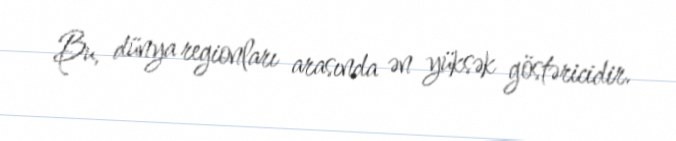
Bu, dünya regionları arasında ən yüksək göstəricidir.